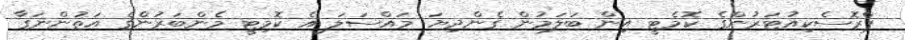
ޕްރޮސެކިއުޓަރުންގެ ކޮމެޓީ އިން ބަލަމުން ގެންދިޔަ މައްސަލަ އެ ކޮމިޓީ މެންބަރުންގެ އަތުންނަގާ